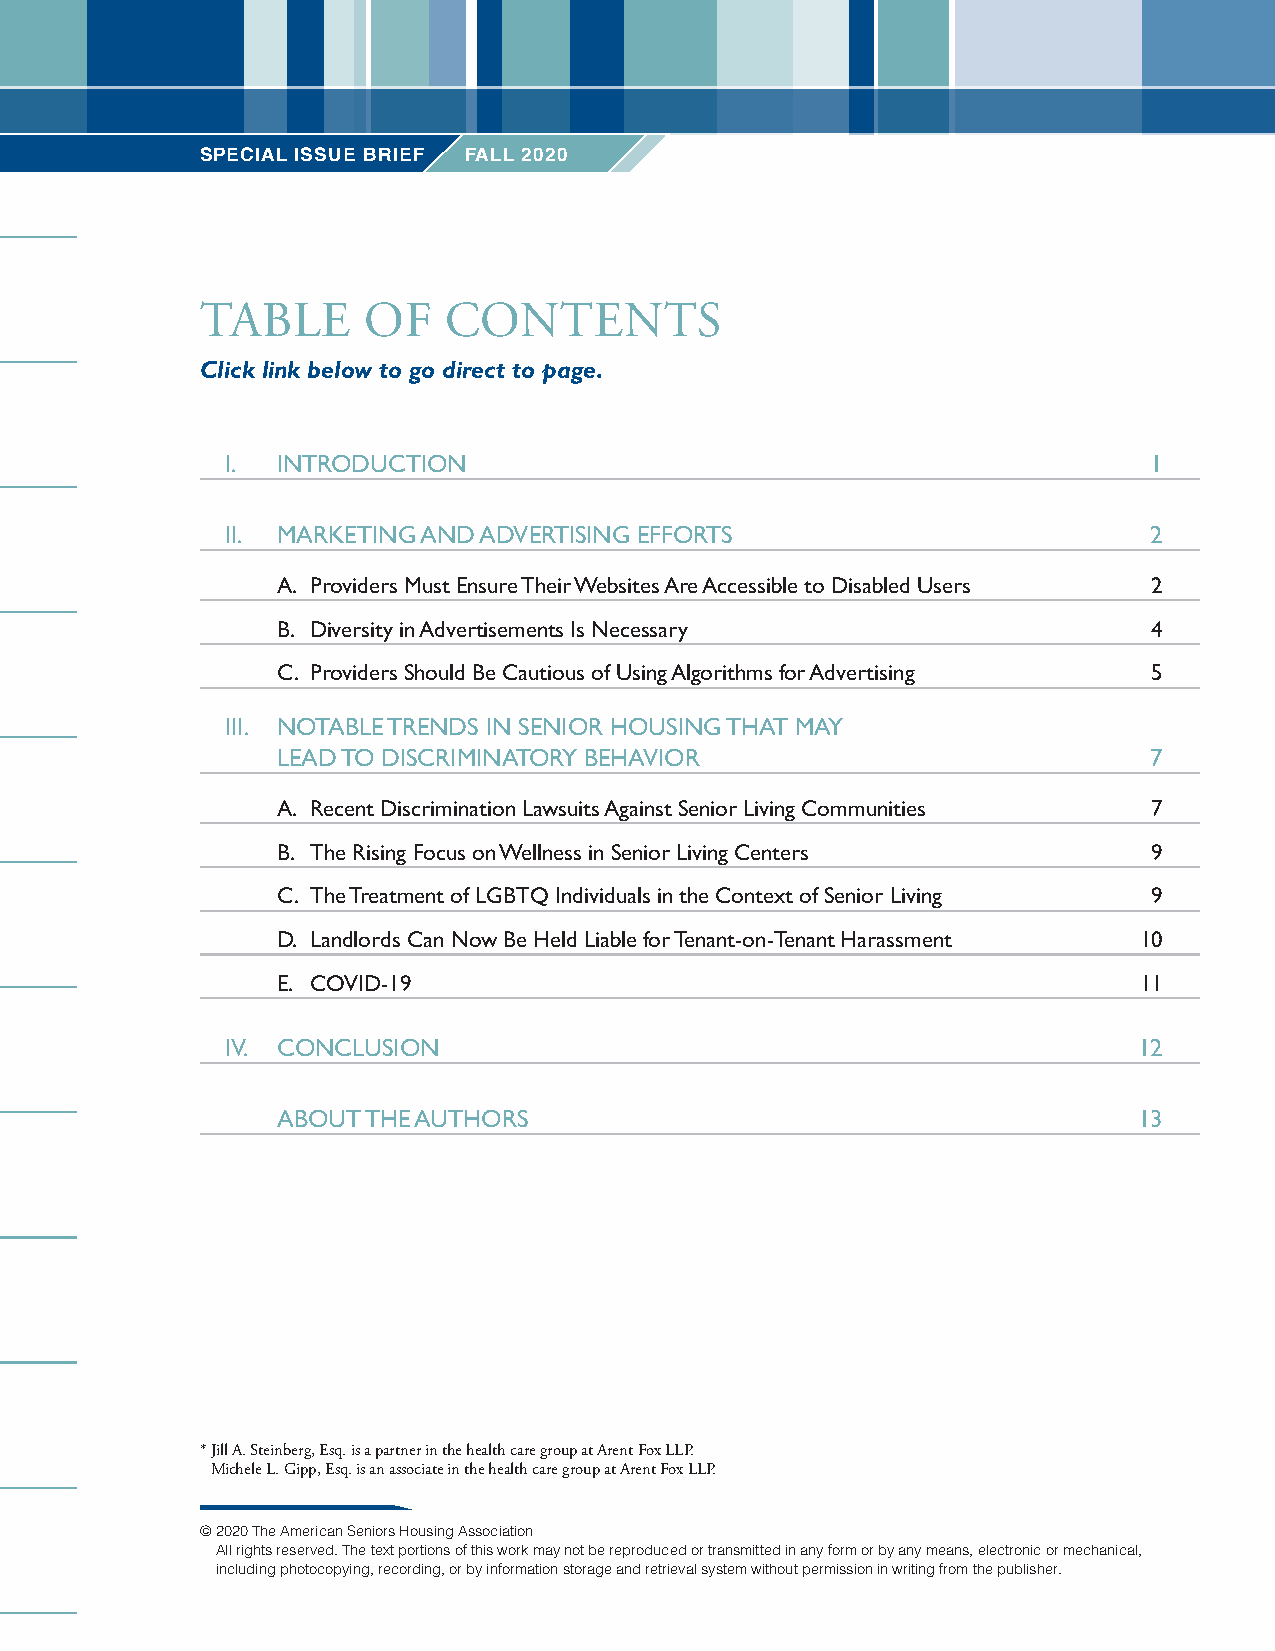
SPECIAL ISSUE BRIEF FALL 2020
 TABLE      OF   CONTENTS
 Click link below to go direct to page.
 I. INTRODUCTION                                              1
 II. MARKETING AND ADVERTISING EFFORTS                        2
 A. Providers Must Ensure Their Websites Are Accessible to Disabled Users 2
 B. Diversity in Advertisements Is Necessary               4
 C. Providers Should Be Cautious of Using Algorithms for Advertising 5
 III. NOTABLE TRENDS IN SENIOR HOUSING THAT MAY
 LEAD TO DISCRIMINATORY BEHAVIOR                           7
 A. Recent Discrimination Lawsuits Against Senior Living Communities 7
 B. The Rising Focus on Wellness in Senior Living Centers  9
 C. The Treatment of LGBTQ Individuals in the Context of Senior Living 9
 D. Landlords Can Now Be Held Liable for Tenant-on-Tenant Harassment 10
 E. COVID-19                                              11
 IV. CONCLUSION                                              12
 ABOUT THE AUTHORS                                        13
 * J ill A. Steinberg, Esq. is a partner in the health care group at Arent Fox LLP.
 Michele L. Gipp, Esq. is an associate in the health care group at Arent Fox LLP.
 © 2020 The American Seniors Housing Association
 All rights reserved. The text portions of this work may not be reproduced or transmitted in any form or by any means, electronic or mechanical,
 including photocopying, recording, or by information storage and retrieval system without permission in writing from the publisher.